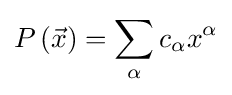
P\left({\vec {x}}\right)=\sum _{\alpha }c_{\alpha }x^{\alpha }